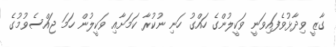
ގާޒީ ވިދާޅުވެފައިވަނީ ވަކީލުންގެ ހައްގު ހަނި ނުކުރާ ކަމަށާއި ވަކީލުން ހަމަ ޖައްސެވުމުގެ